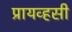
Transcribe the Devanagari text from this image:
प्रायव्हसी